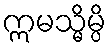
ဣမသ္မိမ္ပိ